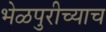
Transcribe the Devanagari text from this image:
भेळपुरीच्याच